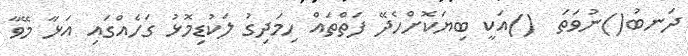
ދަނބު()ނުވަތަ  ()އަކީ ބިޔަކޮށްހެދޭ ފަތްތައް ހިމަދިގު ލަކުޑިމޮޅު ގަހެއްގައި އަޅާ މޭވާ